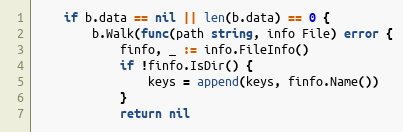
Language: Go
	if b.data == nil || len(b.data) == 0 {
		b.Walk(func(path string, info File) error {
			finfo, _ := info.FileInfo()
			if !finfo.IsDir() {
				keys = append(keys, finfo.Name())
			}
			return nil